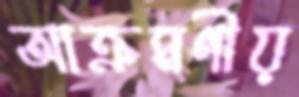
আক্রমণীয়